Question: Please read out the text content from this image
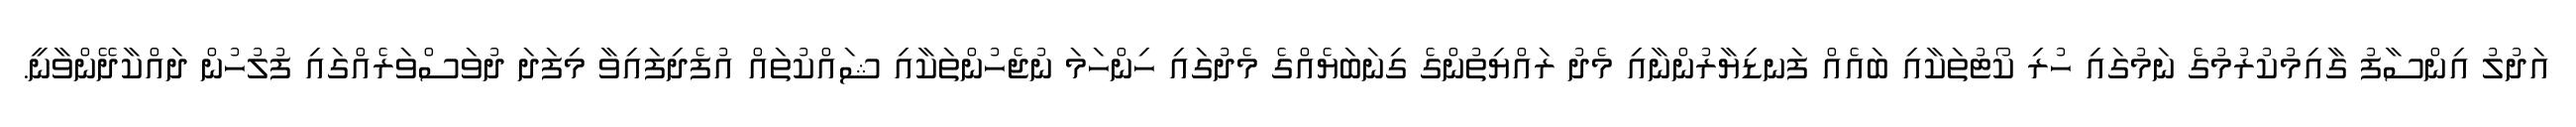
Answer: އަދުލު އިންސާފު ގާއިމުކުރުމުގެ ނަމުގައި ހުރި ކޯޓުތަކާއި ބައެއް ފަނޑިޔާރުންނާއި މެދު ރައްޔިތުންގެ ގިނަބަޔެއްގެ މެދުގައި ހިންހަމަ ނުޖެހުންތަކާއި ޝައްކުތައް އުފެދިފައިވާ މިފަދަ ދުވަސްވަރެއްގައި ފުލުހުން ދައްކާދޭންވާނީ.